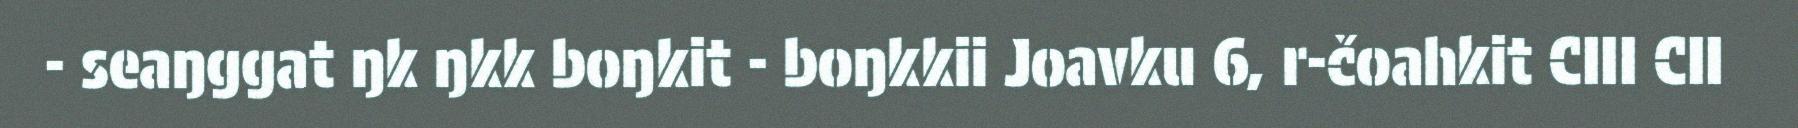
- seaŋggat ŋk ŋkk boŋkit - boŋkkii Joavku 6, r-čoahkit CIII CII